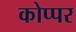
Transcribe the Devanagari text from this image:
कोप्पर